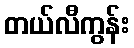
တယ်လီကွန်း